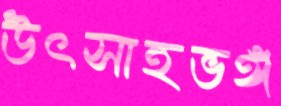
উৎসাহভঙ্গ